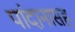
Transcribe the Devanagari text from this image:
पांदानासह